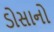
ડોસાનો